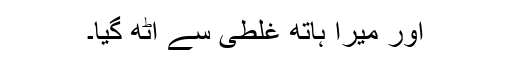
اور میرا ہاتھ غلطی سے اٹھ گیا۔